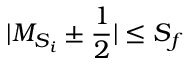
\vert { M } _ { { S } _ { i } } \pm \frac { 1 } { 2 } \vert \le { S } _ { f }